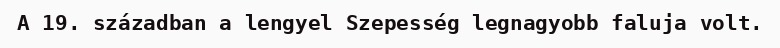
A 19. században a lengyel Szepesség legnagyobb faluja volt.